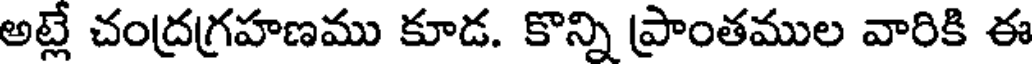
అట్లే చంద్రగ్రహణము కూడ. కొన్ని ప్రాంతముల వారికి ఈ